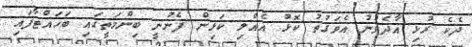
ދެކެ ރުޅި އާދެވުނު އެވަގުތު ކޮޅު އެއްލި ކަޅިން ފެނުނީ ބިންމަތީގައި ބަހައްޓާފައި